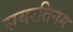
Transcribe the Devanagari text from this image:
सबरतिनम